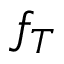
f _ { T }